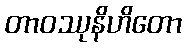
တာဝဿုနိဟိတော